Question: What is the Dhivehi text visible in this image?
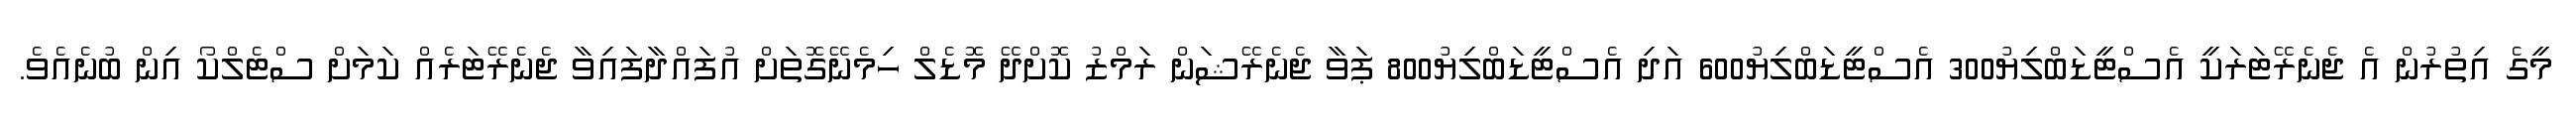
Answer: މީގެ އިތުރުން އެ ޖެނެރޭޓަރަކީ އެސްޓީޑަބްލިޔު300 އެސްޓީޑަބްލިޔު600 އަދި އެސްޓީޑަބްލިޔު800 ޕަވާ ޖެނެރޭޝަން ރަމްޒު ކޮށްދޭ މޮޑެލް ހިމެނޭގޮތަށް އުފައްދާފައިވާ ޖެނެރޭޓަރެއް ކަމަށް ސްޓެލްކޯ އިން ބުނެއެވެ.